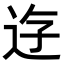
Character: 𨒣